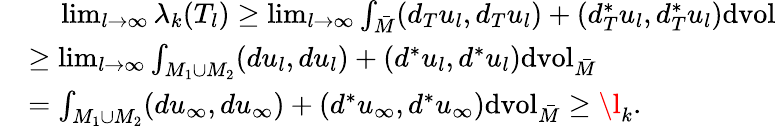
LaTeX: \begin{array}{rl}&{\ \ \ \ \operatorname*{lim}_{l\to\infty}\lambda_{k}(T_{l})\geq\operatorname*{lim}_{l\to\infty}\int_{\bar{M}}(d_{T}u_{l},d_{T}u_{l})+(d_{T}^{*}u_{l},d_{T}^{*}u_{l})\mathrm{dvol}}\\ &{\geq\operatorname*{lim}_{l\to\infty}\int_{M_{1}\cup M_{2}}(du_{l},du_{l})+(d^{*}u_{l},d^{*}u_{l})\mathrm{dvol}_{\bar{M}}}\\ &{=\int_{M_{1}\cup M_{2}}(du_{\infty},du_{\infty})+(d^{*}u_{\infty},d^{*}u_{\infty})\mathrm{dvol}_{\bar{M}}\geq\l_{k}.}\end{array}